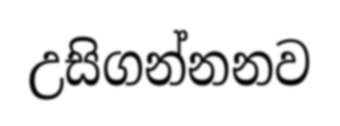
උසිගන්නනව